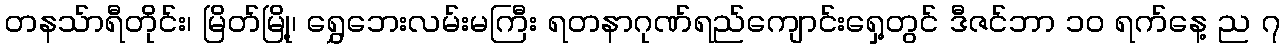
တနသ်ာရီတိုင်း၊ မြိတ်မြို့၊ ရွှေဘေးလမ်းမကြီး ရတနာဂုဏ်ရည်ကျောင်းရှေ့တွင် ဒီဇင်ဘာ ၁၀ ရက်နေ့ ည ၇